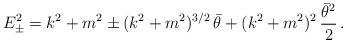
\begin{align*}E^2_{\pm} = k^2 + m^2 \pm (k^2+m^2)^{3/2}\,\bar\theta+(k^2+m^2)^2\,\frac{\bar\theta^2}{2}\,.\end{align*}